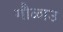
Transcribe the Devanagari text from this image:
गौळाउ